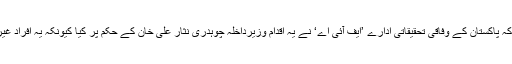
وزارت داخلہ کے ایک بیان میں کہا گیا ہے کہ پاکستان کے وفاقی تحقیقاتی ادارے ’ایف آئی اے‘ نے یہ اقدام وزیرِداخلہ چوہدری نثار علی خان کے حکم پر کیا کیونکہ یہ افراد غیر قانونی طور پر پاکستان واپس بھیجے گئے۔